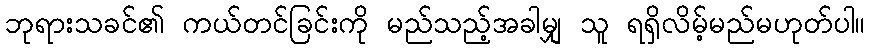
ဘုရားသခင်၏ ကယ်တင်ခြင်းကို မည်သည့်အခါမျှ သူ ရရှိလိမ့်မည်မဟုတ်ပါ။